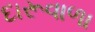
દારૂવાળા